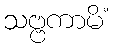
သဗ္ဗကာမိံ